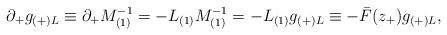
LaTeX: \begin{align*}\partial _+g_{(+)L}\equiv \partial _+M_{(1)}^{-1}=-L_{(1)}M_{(1)}^{-1}=-L_{(1)}g_{(+)L}\equiv -\bar {F}(z_+)g_{(+)L},\end{align*}